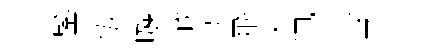
鑒伍嗾戰萃飛束迅技丞